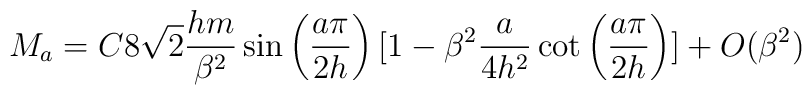
M_a =C8\sqrt{2}\frac{hm}{\beta^2}\sin\left(\frac{a\pi}{2h}\right)[1-\beta^2\frac{a}{4h^2}\cot\left(\frac{a\pi}{2h}\right)] + O(\beta^2)